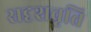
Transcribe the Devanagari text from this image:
सदृशवृत्ति